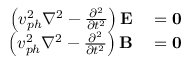
\begin{array} { r l } { \left( v _ { p h } ^ { 2 } \nabla ^ { 2 } - { \frac { \partial ^ { 2 } } { \partial t ^ { 2 } } } \right) \mathbf { E } } & { { } = \mathbf { 0 } } \\ { \left( v _ { p h } ^ { 2 } \nabla ^ { 2 } - { \frac { \partial ^ { 2 } } { \partial t ^ { 2 } } } \right) \mathbf { B } } & { { } = \mathbf { 0 } } \end{array}